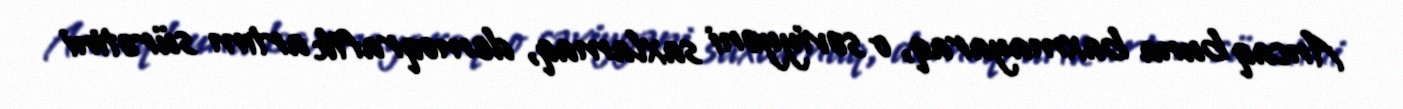
Ancaq buna baxmayaraq, o səviyyəni saxlamaq, demoqrafik artım sürətini